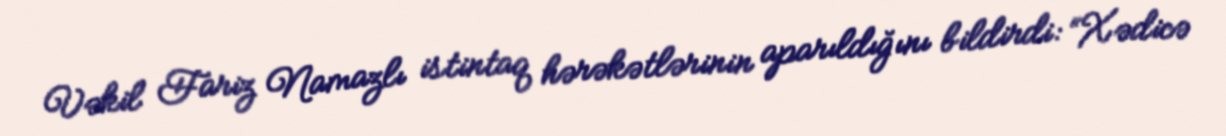
Vəkil Fariz Namazlı istintaq hərəkətlərinin aparıldığını bildirdi: “Xədicə